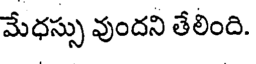
మేధస్సు వుందని తేలింది.